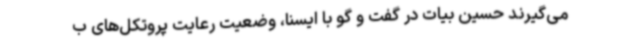
می‌گیرند حسین بیات در گفت و گو با ایسنا، وضعیت رعایت پروتکل‌های ب